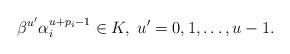
LaTeX: \begin{align*}\beta^{u'} \alpha_i^{u+p_i-1} \in K,\; u'=0,1,\dots,u-1.\end{align*}